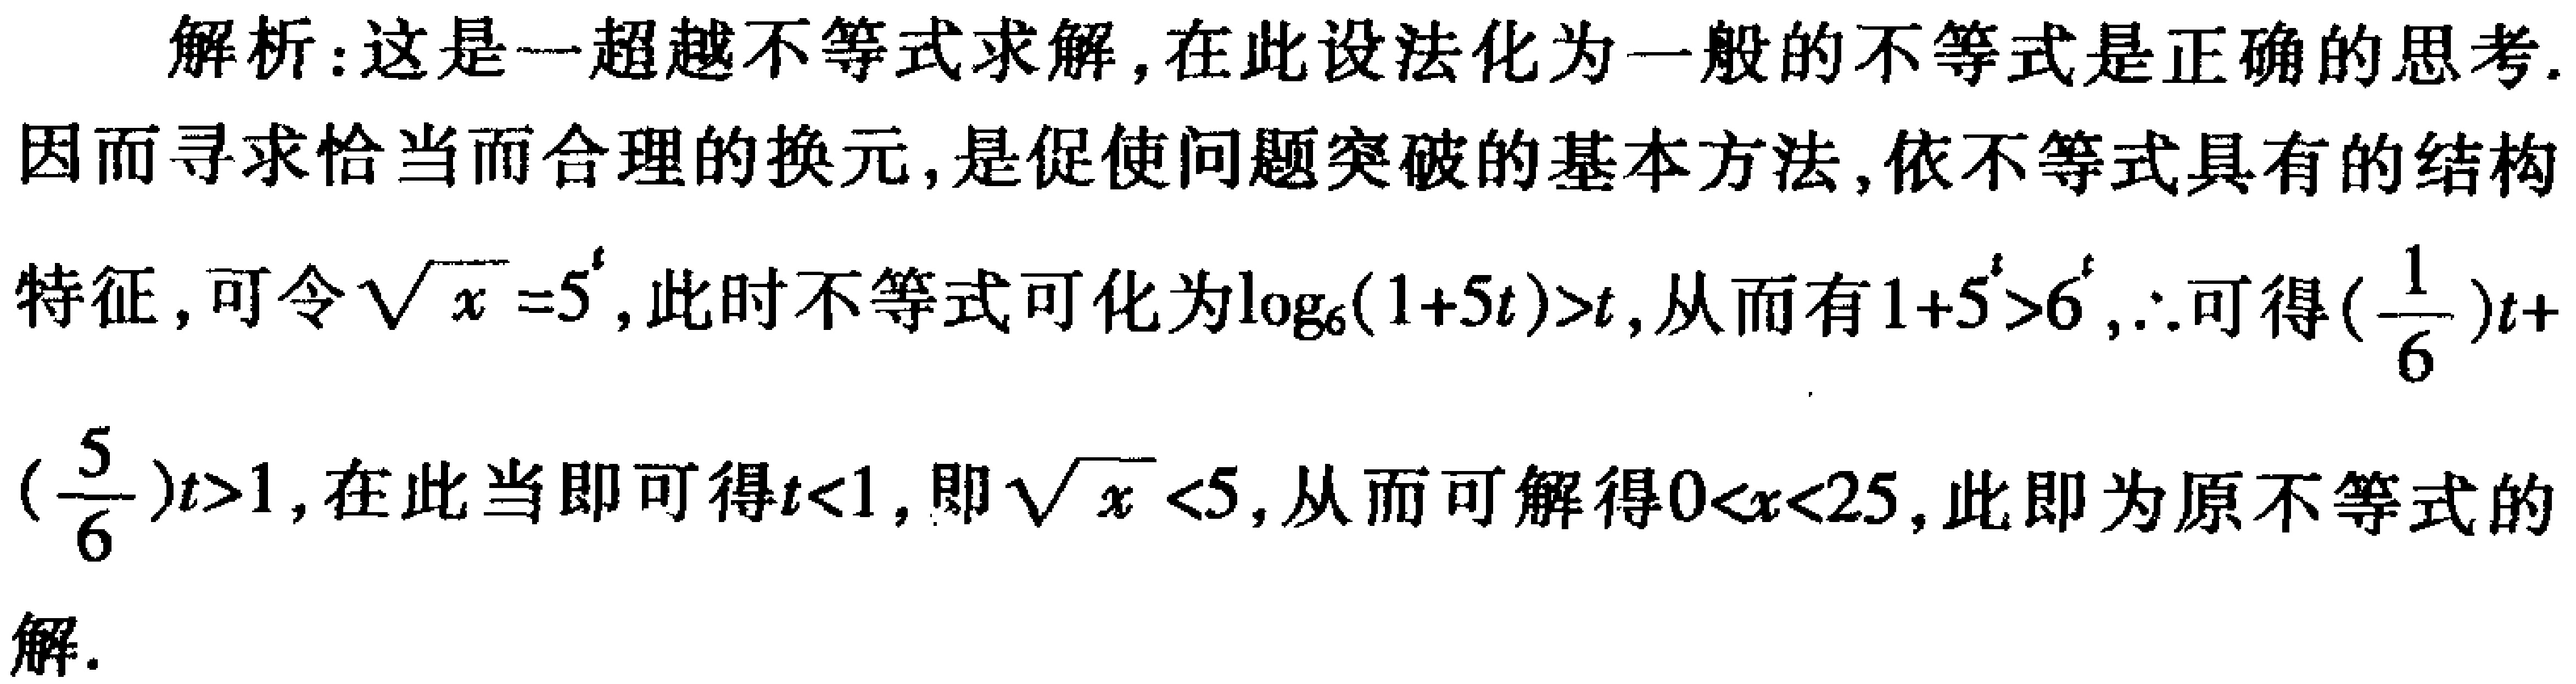
解析：这是一超越不等式求解, 在此设法化为一般的不等式是正确的思考. 因而寻求恰当而合理的换元, 是促使问题突破的基本方法, 依不等式具有的结构特征, 可令\(\sqrt{x}=5^{t}\), 此时不等式可化为\(\log_{6}(1 + 5^{t})>t\), 从而有\(1 + 5^{t}>6^{t}\), \(\therefore\)可得\((\frac{1}{6})^{t}+(\frac{5}{6})^{t}>1\), 在此当即可得\(t < 1\), 即\(\sqrt{x}<5\), 从而可解得\(0<x<25\), 此即为原不等式的解.